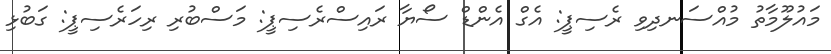
މައުލޫމާތު މުއްސަނދިވި ރެސިޕީ: އެގް އެންޑް ސޯޔާ ރައިސްރެސިޕީ: މަސްބުރި ރިހަރެސިޕީ: ގަބުޅި